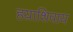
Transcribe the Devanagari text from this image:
हय़ाशिवाय